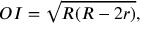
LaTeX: O I = { \sqrt { R ( R - 2 r ) } } ,